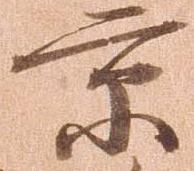
京